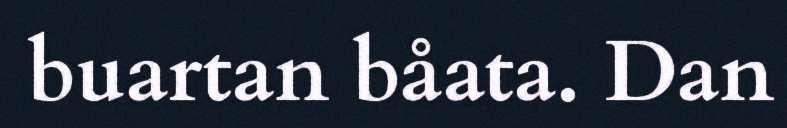
buartan båata. Dan